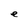
Character: e